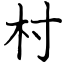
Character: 村